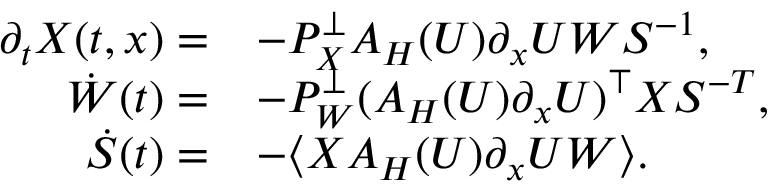
\begin{array} { r l } { \partial _ { t } X ( t , x ) = } & { - P _ { X } ^ { \perp } A _ { H } ( U ) \partial _ { x } U W S ^ { - 1 } , } \\ { \dot { W } ( t ) = } & { - P _ { W } ^ { \perp } ( A _ { H } ( U ) \partial _ { x } U ) ^ { \top } X S ^ { - T } , } \\ { \dot { S } ( t ) = } & { - \langle X A _ { H } ( U ) \partial _ { x } U W \rangle . } \end{array}